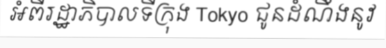
អំពីរដ្ឋាភិបាលទីក្រុង Tokyo ជូនដំណឹងនូវ